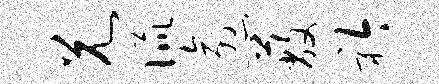
兄侃愈蔽衿